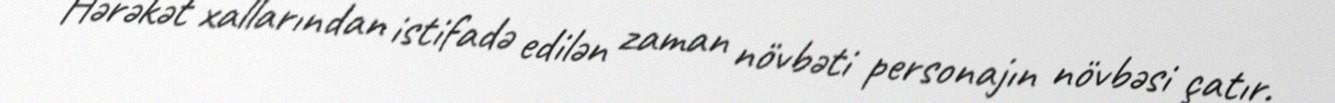
Hərəkət xallarından istifadə edilən zaman növbəti personajın növbəsi çatır.